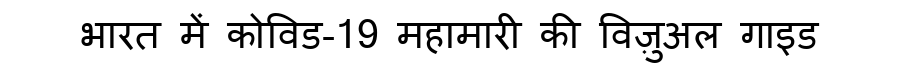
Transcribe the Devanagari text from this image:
भारत में कोविड-19 महामारी की विज़ुअल गाइड